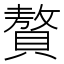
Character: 贅